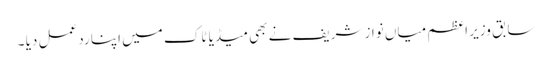
سابق وزیر اعظم میاں نواز شریف نے بھی میڈیا ٹاک میں اپنا ردعمل دیا ۔